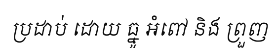
ប្រដាប់ ដោយ ធ្នូ អំពៅ និង ព្រួញ